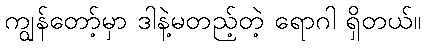
ကျွန်တော့်မှာ ဒါနဲ့မတည့်တဲ့ ရောဂါ ရှိတယ်။